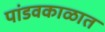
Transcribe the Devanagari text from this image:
पांडवकाळात